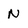
Character: N